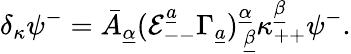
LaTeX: \delta_{\kappa}\psi^{-}=\bar{A}_{\underline{{\alpha}}}({\cal E}_{--}^{\underline{{a}}}\Gamma_{\underline{{a}}})_{~\underline{{\beta}}}^{\underline{{\alpha}}}\kappa_{++}^{\underline{{\beta}}}\psi^{-}.